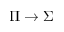
\Pi \rightarrow \Sigma